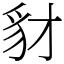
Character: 豺